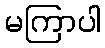
မကြာပါ